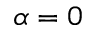
\alpha = 0